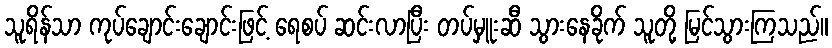
သူရိန်သာ ကုပ်ချောင်းချောင်းဖြင့် ရေစပ် ဆင်းလာပြီး တပ်မှူးဆီ သွားနေခိုက် သူတို့ မြင်သွားကြသည်။